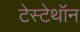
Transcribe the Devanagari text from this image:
टेस्टेथॉन